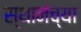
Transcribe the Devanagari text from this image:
स्थानंच्या